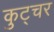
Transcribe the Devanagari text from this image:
कुट्चर